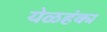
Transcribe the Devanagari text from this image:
येळहंका